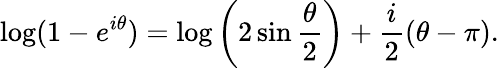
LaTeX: \log(1-e^{i\theta})=\log\left(2\sin\frac{\theta}{2}\right)+\frac{i}{2}(\theta-\pi).